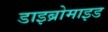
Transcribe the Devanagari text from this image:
डाइब्रोमाइड